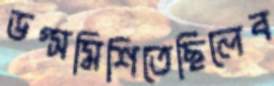
ডগ্সমিশিতেছিলেব